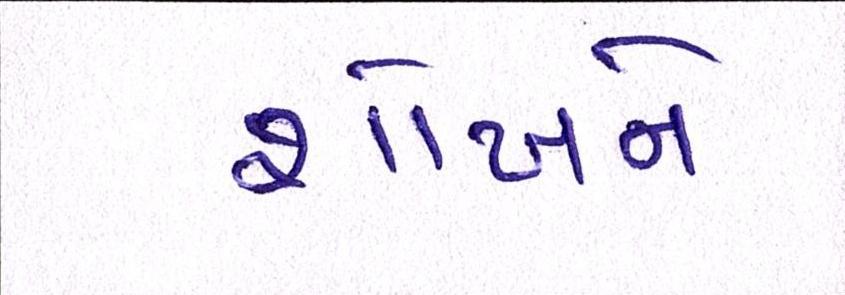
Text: શોખને